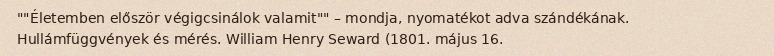
""Életemben először végigcsinálok valamit"" – mondja, nyomatékot adva szándékának. Hullámfüggvények és mérés. William Henry Seward (1801. május 16.